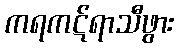
ကရကဋ်ရာသီဖွား